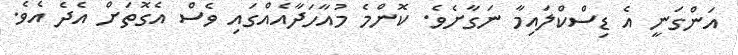
އަންގަނީ އެ ޑިސްކްލައިމާ ނަގާށެވެ. ކޮންމެ މުއާހަދާއެއްގައި ވެސް އެގޮތަށް އެދެ އެވެ.